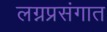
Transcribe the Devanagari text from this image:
लग्नप्रसंगात